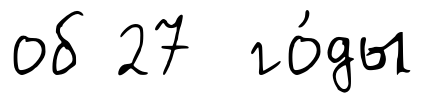
об 27 го́ды